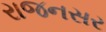
રાજનસર